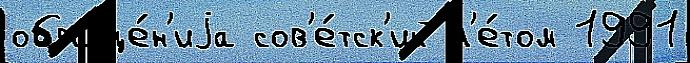
обраще́н'иjа сов'е́тск'ий л'е́том 1991